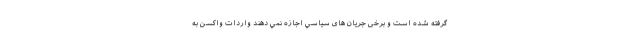
گرفته شده است و برخی جریان های سياسي اجازه نمي دهند واردات واكسن به